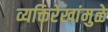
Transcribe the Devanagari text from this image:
व्यक्तिरेखांमुळे